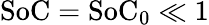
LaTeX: \textrm{SoC}=\textrm{SoC}_{0}\ll 1